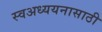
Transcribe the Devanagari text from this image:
स्वअध्ययनासाठी